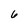
Character: 6